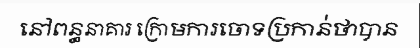
នៅពន្ធនាគារ ក្រោមការចោទប្រកាន់ថាបាន